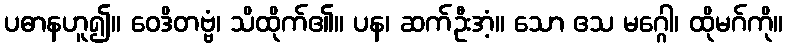
ပဓာနဟူ၍။ ဝေဒိတဗ္ဗံ၊ သိထိုက်၏။ ပန၊ ဆက်ဦးအံ့။ သော ဧသ မဂ္ဂေါ၊ ထိုမဂ်ကို။